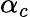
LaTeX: \alpha_{c}